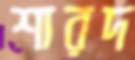
শারদ